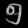
Digit: ၅